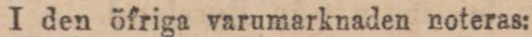
I den öfriga varumarknaden noteras: